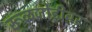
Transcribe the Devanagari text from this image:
रूळजोडीवर